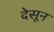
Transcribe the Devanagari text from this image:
देसून